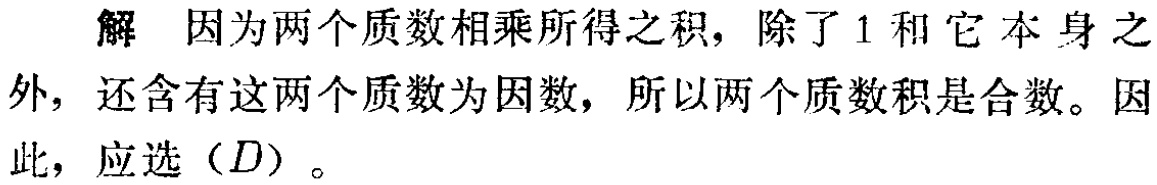
解 因为两个质数相乘所得之积，除了$1$和它本身之外，还含有这两个质数为因数，所以两个质数积是合数。因此，应选$(D)$。